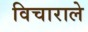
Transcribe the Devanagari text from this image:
विचाराले